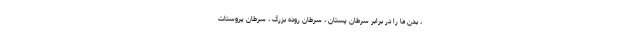
، بدن ما را در برابر سرطان پستان ، سرطان روده بزرگ ، سرطان پروستات